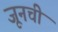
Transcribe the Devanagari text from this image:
जूनची